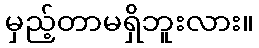
မှည့်တာမရှိဘူးလား။